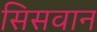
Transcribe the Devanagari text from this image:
सिसवान